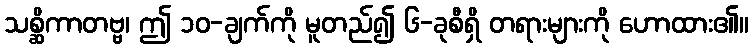
သစ္ဆိကာတဗ္ဗ၊ ဤ ၁၀-ချက်ကို မူတည်၍ ၆-ခုစီရှိ တရားများကို ဟောထား၏။